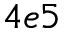
4 e 5